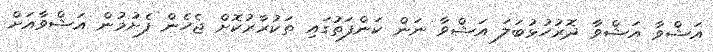
އަޝްވާ އަޝްވާ ދޮރުހުޅުބަލަ އަޝްވާ ނަން ކަންފަތުގައި ތަކުރާރުކޮށް ޖެހެން ފެށުމުން އަޝްވާއަށް